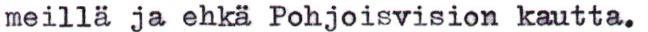
meillä ja ehkä Pohjoisvision kautta.